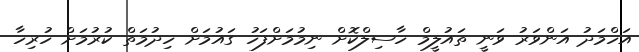
އަހްމަދު އަންވަރު ވަނީ ތައުލީމް ހާސިލްކޮށް ނިމުމަށްފަހު ގައުމަށް ހިދުމަތް ކުރުމަށް ހުރިހާ